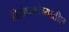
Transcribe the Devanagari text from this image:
विरोधकांच्यातील